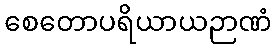
စေတောပရိယာယဉာဏံ